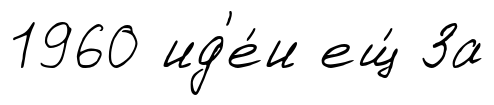
1960 ид'е́и ещ́ За